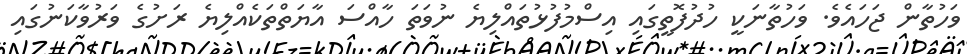
ވަހުތާން ޖަހައެވެ. ވަހުތާނަކީ ހުދުފޮތީގައި އިސްމުފުޅުތައްލިޔެ ނުވަތަ ހާއްސަ އާޔަތްތަކެއްލިޔެ ރަށުގެ ވަރުވާކަނުގައި